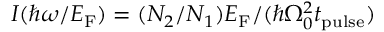
I ( \hbar \omega / E _ { \mathrm { F } } ) = ( N _ { 2 } / N _ { 1 } ) E _ { \mathrm { F } } / ( \hbar \Omega _ { 0 } ^ { 2 } t _ { \mathrm { p u l s e } } )